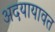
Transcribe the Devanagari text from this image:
अदयायावत